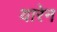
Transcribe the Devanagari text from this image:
यारेन